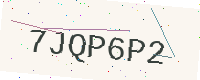
Text: 7JQP6P2